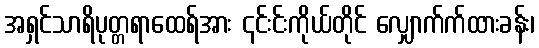
အရှင်သာရိပုတ္တရာထေရ်အား ၎င်းင်းကိုယ်တိုင် လျှောက်က်ထားခန်း၊